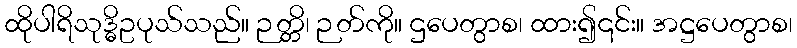
ထိုပါရိသုဒ္ဓိဥပုသ်သည်။ ဉတ္တိ၊ ဉတ်ကို။ ဌပေတွာစ၊ ထား၍၎င်း။ အဋ္ဌပေတွာစ၊